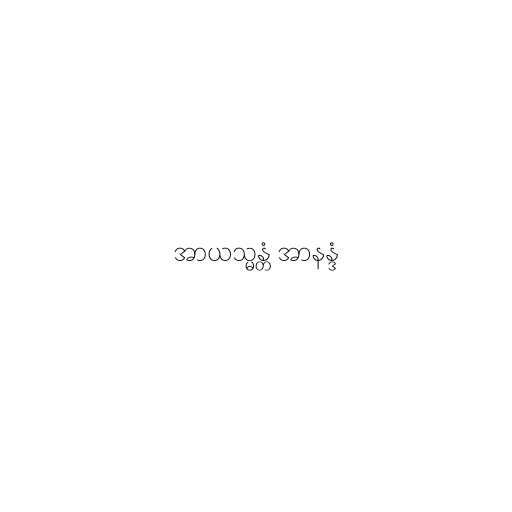
အာယသ္မန္တံ အာနန္ဒံ